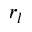
r _ { l }